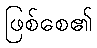
ဖြစ်စေ၏